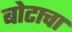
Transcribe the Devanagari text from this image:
बोटाचा